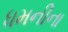
ધમનીના